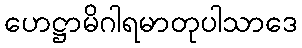
ဟေဋ္ဌာမိဂါရမာတုပါသာဒေ